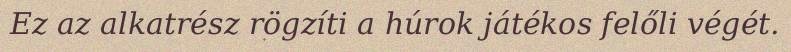
Ez az alkatrész rögzíti a húrok játékos felőli végét.